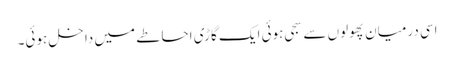
اسی درمیان پھولوں سے سجی ہوئی ایک گاڑی احاطے میں داخل ہوئی۔